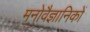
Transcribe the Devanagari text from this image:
मनाेवैज्ञानिकाें